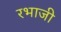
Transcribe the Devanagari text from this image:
रभाजी